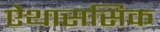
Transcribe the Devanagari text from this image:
ऐथाससिक